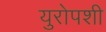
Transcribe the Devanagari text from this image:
युरोपशी